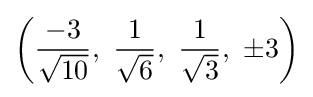
\left({\frac {-3}{\sqrt {10}}},\ {\frac {1}{\sqrt {6}}},\ {\frac {1}{\sqrt {3}}},\ \pm 3\right)